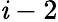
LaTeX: \mathit{i}-2